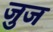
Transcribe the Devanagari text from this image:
जुज